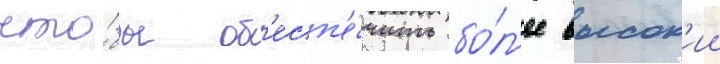
что́бы об'есп'е́чить бо́л'ее высок'ии